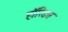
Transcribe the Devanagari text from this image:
हॉरिडस